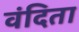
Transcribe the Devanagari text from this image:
वंदिता